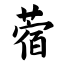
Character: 蓿